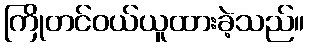
ကြိုတင်ဝယ်ယူထားခဲ့သည်။